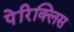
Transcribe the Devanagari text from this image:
पेरिक्लिस